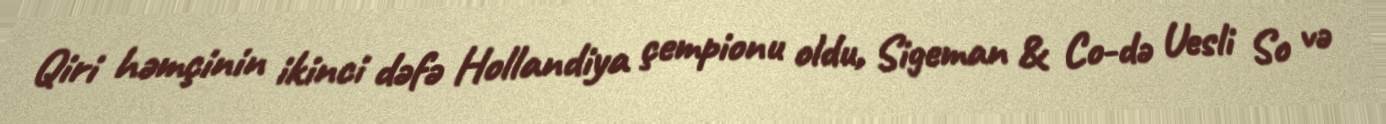
Qiri həmçinin ikinci dəfə Hollandiya çempionu oldu, Sigeman & Co-də Uesli So və